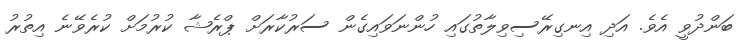
ބަންދުވީ އެވެ. އަދި އިނގިރޭސިވިލާތުގައި ހުންނަވައިގެން ސަރުކާރަށް ޕްރެޝާ ކުރުމަށް ކުރެވޭނެ އިތުރު